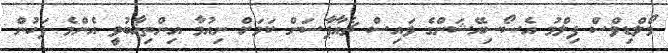
މޯލްޑިވްސް ފިލްމު އެސޯސިއޭޝަންގެ ވައިސް ޗެއާޕާސަން ކަމަށް ނިއުމާ އިންތިޚާބުވީ އެންމެ ފަހުން